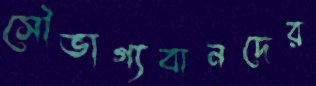
সৌভাগ্যবানদের